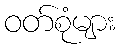
ဝတ်စုံများ